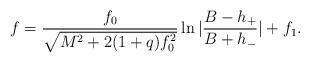
LaTeX: \begin{align*}f = \frac{f_0}{\sqrt{M^2 + 2(1+q) f_0^2}} \ln | \frac{B -h_+}{B+ h_- } | + f_1 .\end{align*}